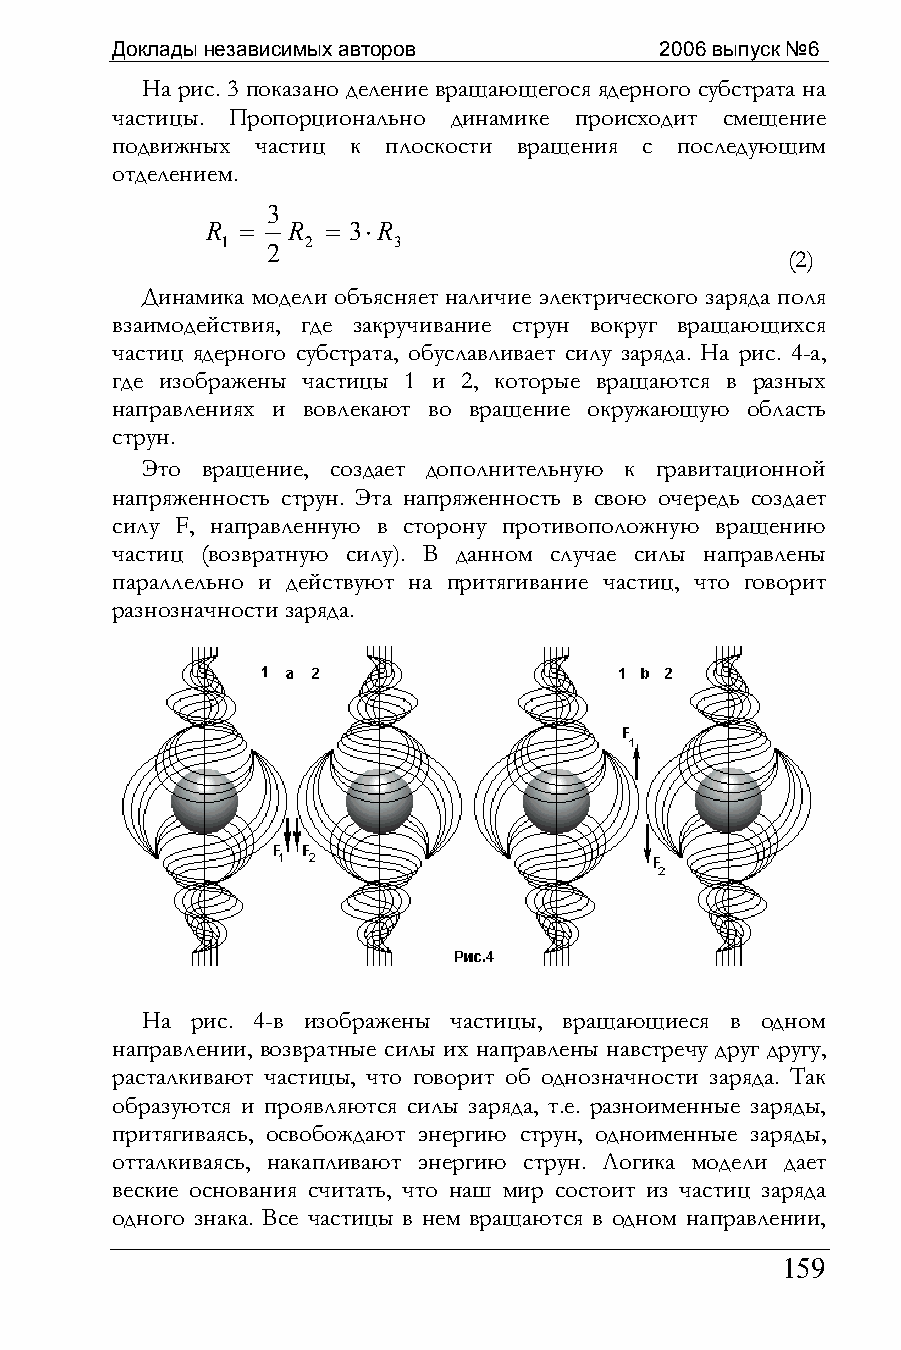
Доклады независимых авторов          2006 выпуск №6
 На рис. 3 показано деление вращающегося ядерного субстрата на
 частицы. Пропорционально динамике происходит смещение
 подвижных частиц к плоскости вращения с последующим
 отделением.
 3
 R =  R  = 3⋅R
 1    2     3
 2
 (2)
 Динамика модели объясняет наличие электрического заряда поля
 взаимодействия, где закручивание струн вокруг вращающихся
 частиц ядерного субстрата, обуславливает силу заряда. На рис. 4-а,
 где изображены частицы 1 и 2, которые вращаются в разных
 направлениях и вовлекают во вращение окружающую область
 струн.
 Это вращение, создает дополнительную к гравитационной
 напряженность струн. Эта напряженность в свою очередь создает
 силу F, направленную в сторону противоположную вращению
 частиц (возвратную силу). В данном случае силы направлены
 параллельно и действуют на притягивание частиц, что говорит
 разнозначности заряда.
 На  рис. 4-в изображены частицы, вращающиеся в одном
 направлении, возвратные силы их направлены навстречу друг другу,
 расталкивают частицы, что говорит об однозначности заряда. Так
 образуются и проявляются силы заряда, т.е. разноименные заряды,
 притягиваясь, освобождают энергию струн, одноименные заряды,
 отталкиваясь, накапливают энергию струн. Логика модели дает
 веские основания считать, что наш мир состоит из частиц заряда
 одного знака. Все частицы в нем вращаются в одном направлении,
 159